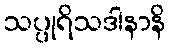
သပ္ပုရိသဒါနာနိ